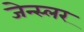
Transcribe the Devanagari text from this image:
जेन्स्लर